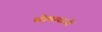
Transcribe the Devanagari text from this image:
सोमायाजी